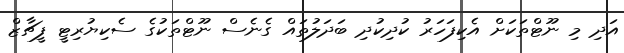
އަދި މި ނޫޓްތަކަށް އެކިފަހަރު ކުދިކުދި ބަދަލުތައް ގެނެސް ނޫޓްތަކުގެ ސެކިޔުރިޓީ ފީޗާޒް